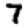
Digit: 7